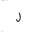
Letter: _lam